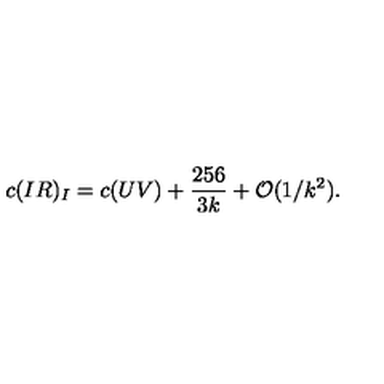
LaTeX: c ( I R ) _ { I } = c ( U V ) + { \frac { 2 5 6 } { 3 k } } + { \cal O } ( 1 / k ^ { 2 } ) .